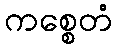
ကစ္စေတံ